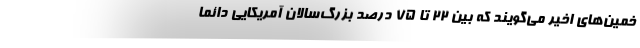
خمین‌های اخیر می‌گویند که بین ۲۲ تا ۷۵ درصد بزرگ‌سالان آمریکایی دائماً